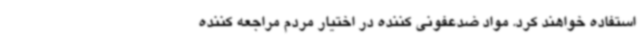
استفاده خواهند کرد. مواد ضدعفونی کننده در اختیار مردم مراجعه کننده